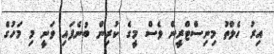
އިރު ހެލްތު މިނިސްޓްރީން ވެސް މީގެ ކުރިން ބުނެފައި ވަނީ މި މަހުގެ